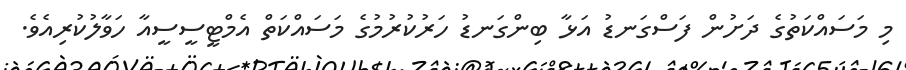
މި މަސައްކަތުގެ ދަށުން ފަސްގަނޑު އަޅާ ބިންގަނޑު ހަރުކުރުމުގެ މަސައްކަތް އެމްޓީސީސީއާ ހަވާލުކުރިއެވެ.